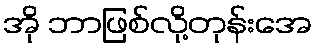
အို ဘာဖြစ်လို့တုန်းအေ